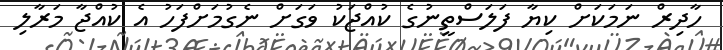
ހާދިރް ނަމަކަށް ކިޔާ ފަލަސްތީނުގެ ކުއްޖަކު ވަގަށް ނެގުމަށްފަހު އެ ކުއްޖާ މަރާލި